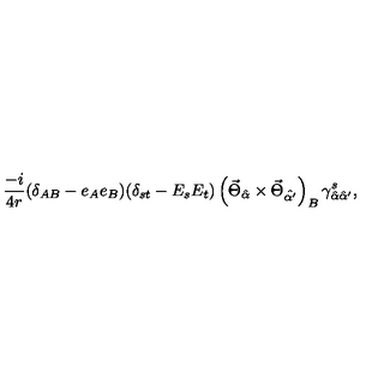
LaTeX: \frac { - i } { 4 r } ( \delta _ { A B } - e _ { A } e _ { B } ) ( \delta _ { s t } - E _ { s } E _ { t } ) \left( \vec { \Theta } _ { \hat { \alpha } } \times \vec { \Theta } _ { \hat { \alpha ^ { \prime } } } \right) _ { B } \gamma _ { \hat { \alpha } \hat { \alpha } ^ { \prime } } ^ { s } ,